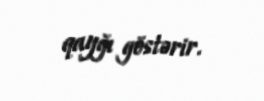
qayğı göstərir.